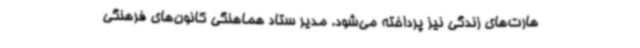
هارت‌های زندگی نیز پرداخته می‌شود. مدیر ستاد هماهنگی کانون‌های فرهنگی